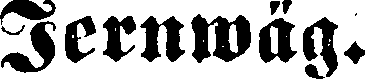
Jernwäg.